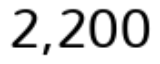
2,200